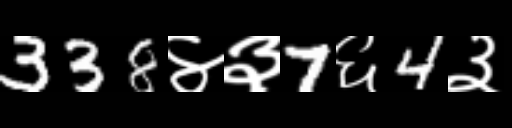
Text: 338४३7६4३